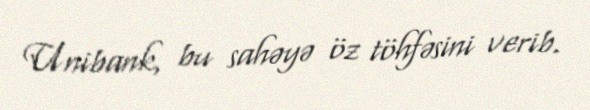
Unibank, bu sahəyə öz töhfəsini verib.